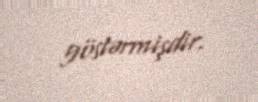
göstərmişdir.